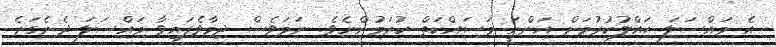
އެ މައްސަލަ ޙައްލުކުރުމަށް އަންނަީ މަސައްކަތް ކުރަމުންނެވެ. ނަމަވެސް ދިމާވެފައިވާ މައްސަލަ ދެނެގަނެ